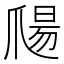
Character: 𱭀